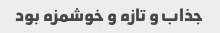
جذاب و تازه و خوشمزه بود